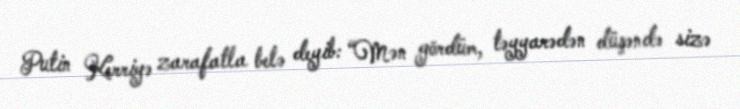
Putin Kerriyə zarafatla belə deyib: “Mən gördüm, təyyarədən düşəndə sizə